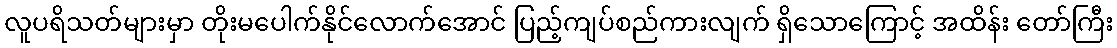
လူပရိသတ်များမှာ တိုးမပေါက်နိုင်လောက်အောင် ပြည့်ကျပ်စည်ကားလျက် ရှိသောကြောင့် အထိန်း တော်ကြီး